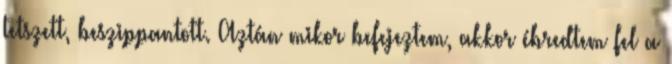
tetszett, beszippantott. Aztán mikor befejeztem, akkor ébredtem fel a